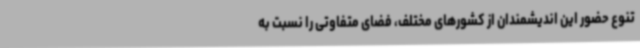
تنوع حضور این اندیشمندان از کشورهای مختلف، فضای متفاوتی را نسبت به